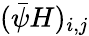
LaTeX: (\bar{\psi}H)_{i,j}